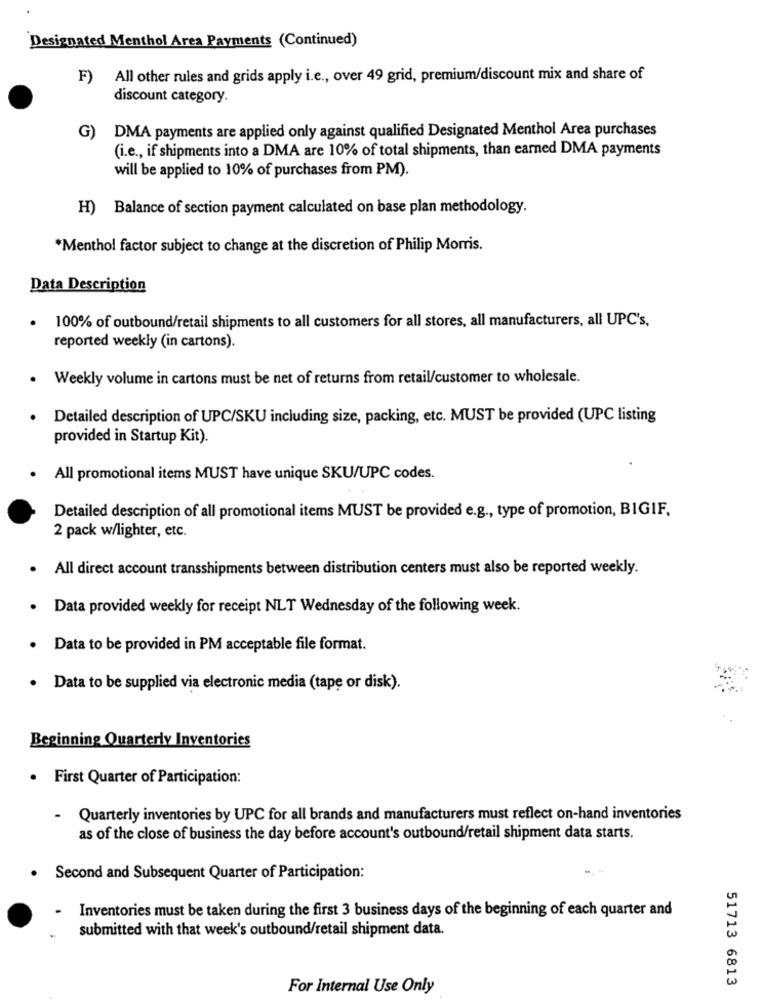
Designated Menthol Area Payments (Continued)
F)
All other rules and grids apply i.e ., over 49 grid, premium/discount mix and share of
discount category.
DMA payments are applied only against qualified Designated Menthol Area purchases
G)
(i.e ., if shipments into a DMA are 10% of total shipments, than earned DMA payments
will be applied to 10% of purchases from PM).
H) Balance of section payment calculated on base plan methodology.
*Menthol factor subject to change at the discretion of Philip Morris.
Data Description
100% of outbound/retail shipments to all customers for all stores, all manufacturers, all UPC's,
.
reported weekly (in cartons).
. Weekly volume in cartons must be net of returns from retail/customer to wholesale.
· Detailed description of UPC/SKU including size, packing, etc. MUST be provided (UPC listing
provided in Startup Kit).
. All promotional items MUST have unique SKU/UPC codes.
Detailed description of all promotional items MUST be provided e.g ., type of promotion, BIGIF,
2 pack w/lighter, etc.
. All direct account transshipments between distribution centers must also be reported weekly.
.
Data provided weekly for receipt NLT Wednesday of the following week.
· Data to be provided in PM acceptable file format.
· Data to be supplied via electronic media (tape or disk).
Beginning Quarterly Inventories
· First Quarter of Participation:
Quarterly inventories by UPC for all brands and manufacturers must reflect on-hand inventories
as of the close of business the day before account's outbound/retail shipment data starts.
Second and Subsequent Quarter of Participation:
Inventories must be taken during the first 3 business days of the beginning of each quarter and
submitted with that week's outbound/retail shipment data.
51713 6813
For Internal Use Only